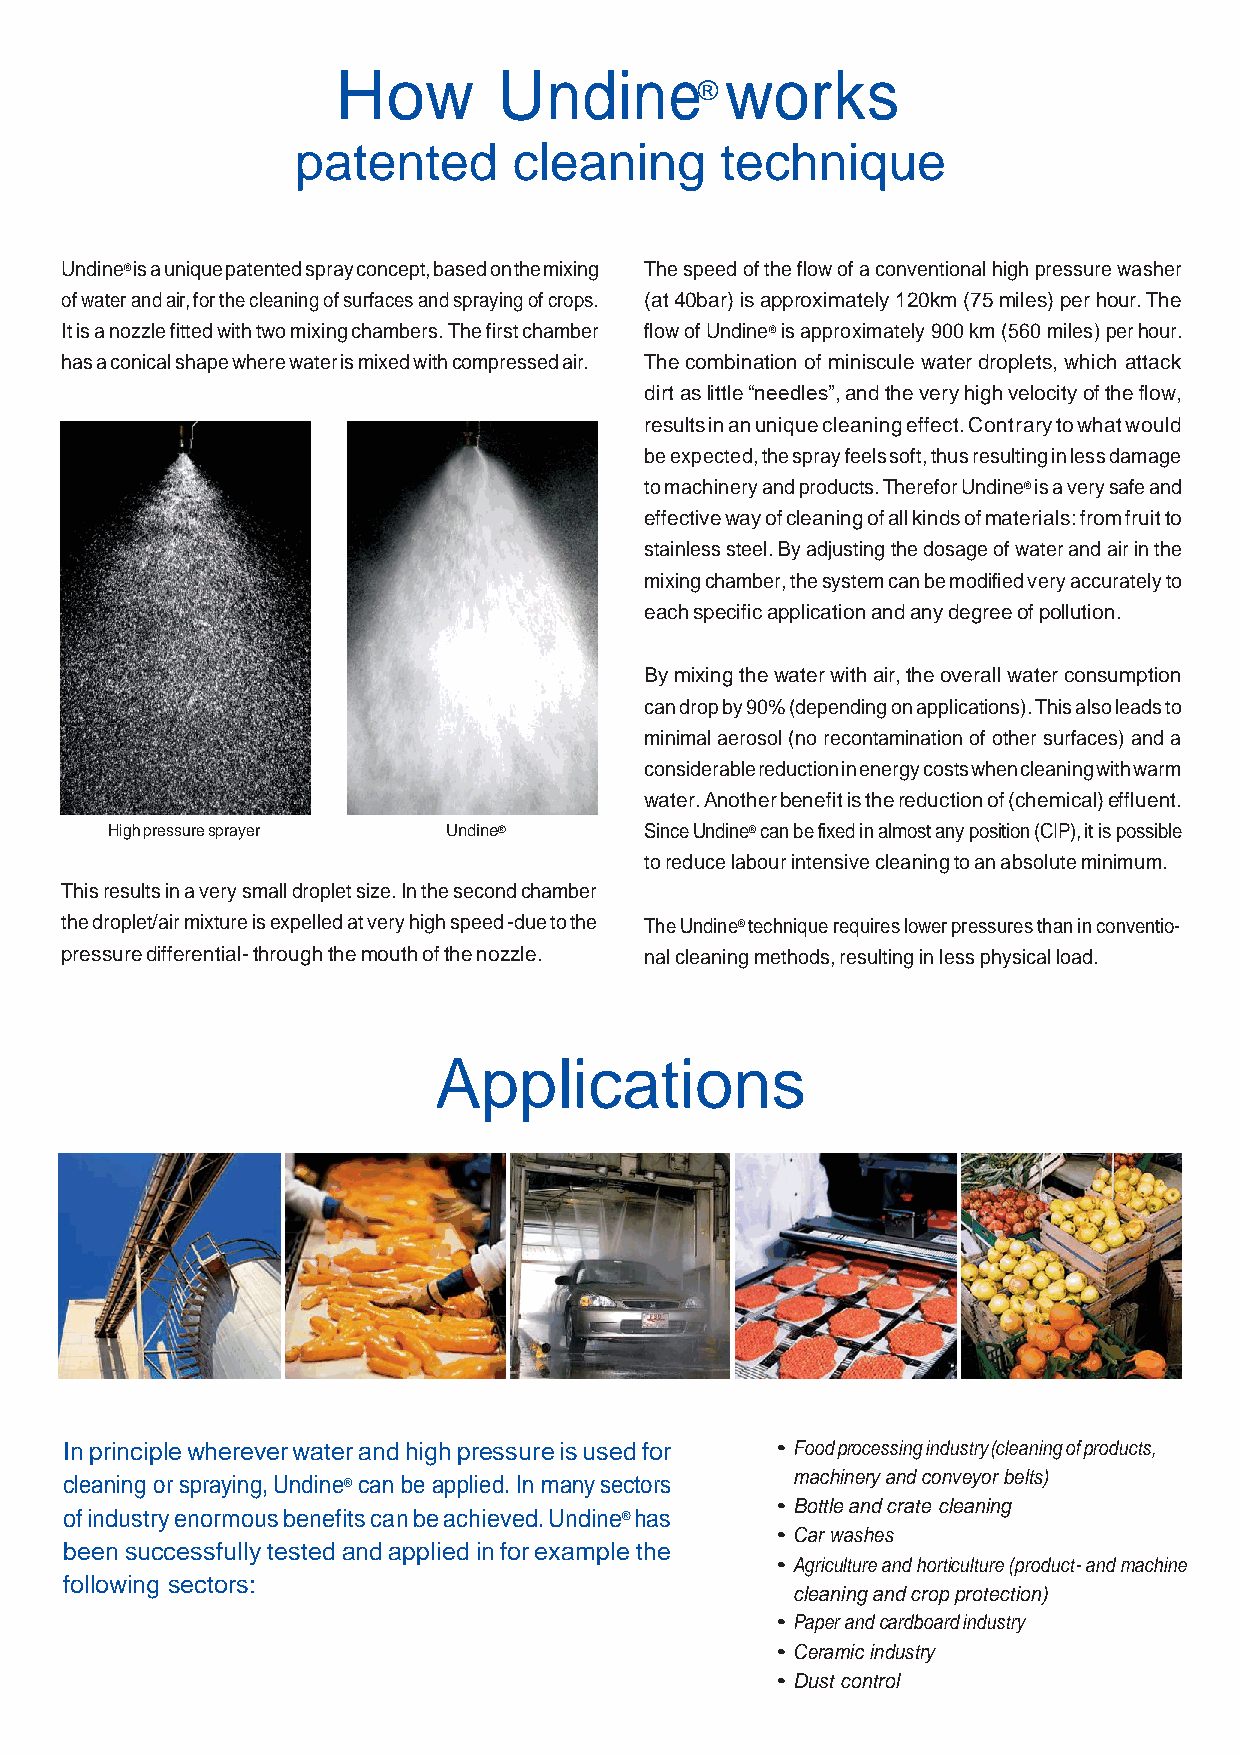
How        Undine         works
 ®
 patented      cleaning      technique
 Undine® is a unique patented spray concept, based on the mixing The speed of the flow of a conventional high pressure washer
 of water and air, for the cleaning of surfaces and spraying of crops. (at 40bar) is approximately 120km (75 miles) per hour. The
 It is a nozzle fitted with two mixing chambers. The first chamber flow of Undine® is approximately 900 km (560 miles) per hour.
 has a conical shape where water is mixed with compressed air. The combination of miniscule water droplets, which attack
 dirt as little “needles”, and the very high velocity of the flow,
 results in an unique cleaning effect. Contrary to what would
 be expected, the spray feels soft, thus resulting in less damage
 to machinery and products. Therefor Undine® is a very safe and
 effective way of cleaning of all kinds of materials: from fruit to
 stainless steel. By adjusting the dosage of water and air in the
 mixing chamber, the system can be modified very accurately to
 each specific application and any degree of pollution.
 By mixing the water with air, the overall water consumption
 can drop by 90% (depending on applications). This also leads to
 minimal aerosol (no recontamination of other surfaces) and a
 considerable reduction in energy costs when cleaning with warm
 water. Another benefit is the reduction of (chemical) effluent.
 High pressure sprayer  Undine®      Since Undine® can be fixed in almost any position (CIP), it is possible
 to reduce labour intensive cleaning to an absolute minimum.
 This results in a very small droplet size. In the second chamber
 the droplet/air mixture is expelled at very high speed -due to the The Undine® technique requires lower pressures than in conventio-
 pressure differential- through the mouth of the nozzle. nal cleaning methods, resulting in less physical load.
 Applications
 In principle wherever water and high pressure is used for • Food processing industry (cleaning of products,
 cleaning or spraying, Undine® can be applied. In many sectors machinery and conveyor belts)
 • Bottle and crate cleaning
 of industry enormous benefits can be achieved. Undine® has
 • Car washes
 been successfully tested and applied in for example the
 • Agriculture and horticulture (product- and machine
 following sectors:
 cleaning and crop protection)
 • Paper and cardboard industry
 • Ceramic industry
 • Dust control